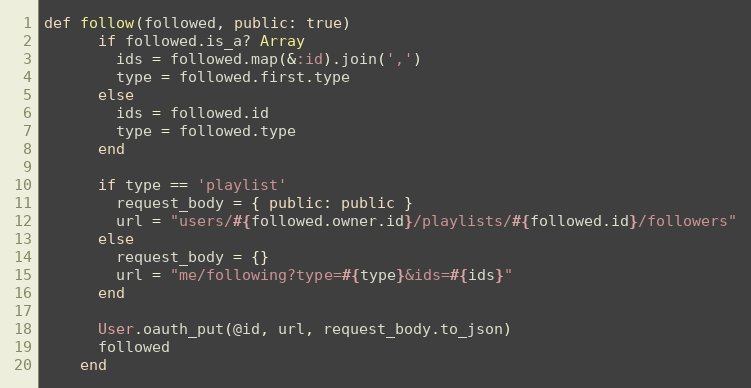
Language: Ruby
def follow(followed, public: true)
      if followed.is_a? Array
        ids = followed.map(&:id).join(',')
        type = followed.first.type
      else
        ids = followed.id
        type = followed.type
      end

      if type == 'playlist'
        request_body = { public: public }
        url = "users/#{followed.owner.id}/playlists/#{followed.id}/followers"
      else
        request_body = {}
        url = "me/following?type=#{type}&ids=#{ids}"
      end

      User.oauth_put(@id, url, request_body.to_json)
      followed
    end